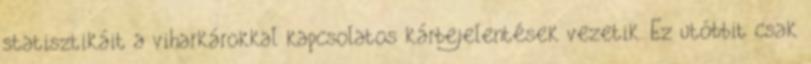
statisztikáit a viharkárokkal kapcsolatos kárbejelentések vezetik. Ez utóbbit csak